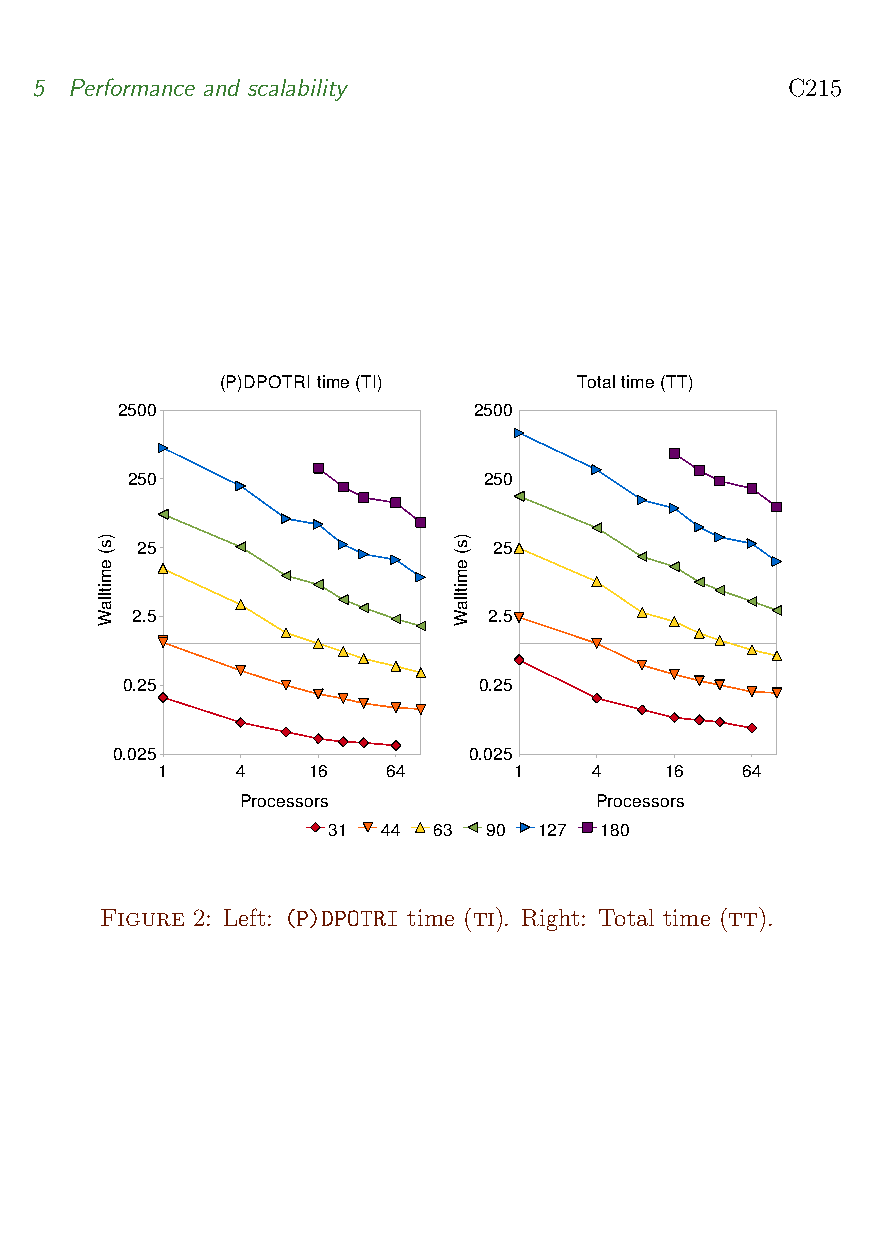
5  Performance and scalability                    C215
 (P)DPOTRI time (TI)    Total time (TT)
 2500                   2500
 250                     250
 25                      25
 2.5                    2.5
 0.25                    0.25
 0.025                   0.025
 1     4   16    64      1    4    16   64
 Processors             Processors
 31 44  63 90  127 180
 Figure 2: Left: (P)DPOTRI time (ti). Right: Total time (tt).
 )s(
 emitllaW
 )s(
 emitllaW